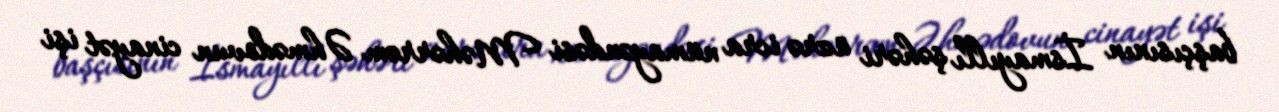
başçısının İsmayıllı şəhəri üzrə icra nümayəndəsi Məhərrəm Əhmədovun cinayət işi